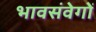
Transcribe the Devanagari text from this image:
भावसंवेगों